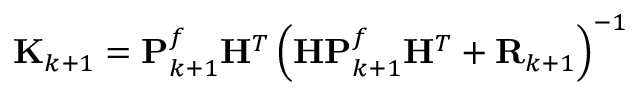
\mathbf { K } _ { k + 1 } = \mathbf { P } _ { k + 1 } ^ { f } \mathbf { H } ^ { T } \left( \mathbf { H } \mathbf { P } _ { k + 1 } ^ { f } \mathbf { H } ^ { T } + \mathbf { R } _ { k + 1 } \right) ^ { - 1 }